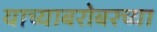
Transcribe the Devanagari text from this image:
याच्याबरोबरच्या